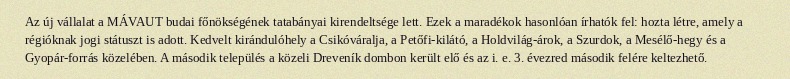
Az új vállalat a MÁVAUT budai főnökségének tatabányai kirendeltsége lett. Ezek a maradékok hasonlóan írhatók fel: hozta létre, amely a régióknak jogi státuszt is adott. Kedvelt kirándulóhely a Csikóváralja, a Petőfi-kilátó, a Holdvilág-árok, a Szurdok, a Mesélő-hegy és a Gyopár-forrás közelében. A második település a közeli Dreveník dombon került elő és az i. e. 3. évezred második felére keltezhető.